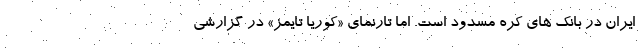
ایران در بانک های کره مسدود است. اما تارنمای «کوریا تایمز» در گزارشی